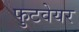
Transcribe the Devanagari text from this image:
फुटवेयर